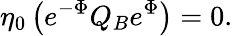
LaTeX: \eta_{0}\left(e^{-\Phi}Q_{B}e^{\Phi}\right)=0.